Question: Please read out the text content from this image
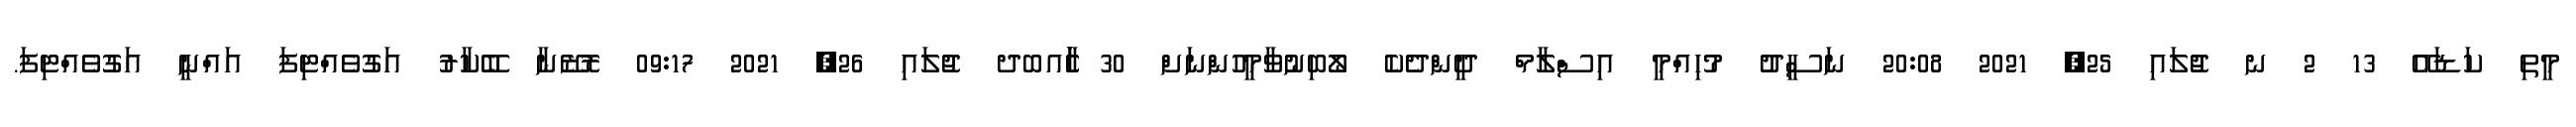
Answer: މީތި ކަޑައޭ 13 2 ނ ޖުލައި 25, 2021 20:08 ނަސީދު މުހިއްމީ އިސްލާމް ދީންދެކެ ލޯބިނުވާމީހުންނަށް 30 ާަެެައބދ ޖުލައި 26, 2021 09:17 ރޮޒޭނާ ބޭކާރު އަގުވެއްޓިފަ އައްނީ އަގުވެއްޓިފަ.